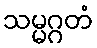
သမ္မဂ္ဂတံ